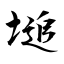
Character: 塠